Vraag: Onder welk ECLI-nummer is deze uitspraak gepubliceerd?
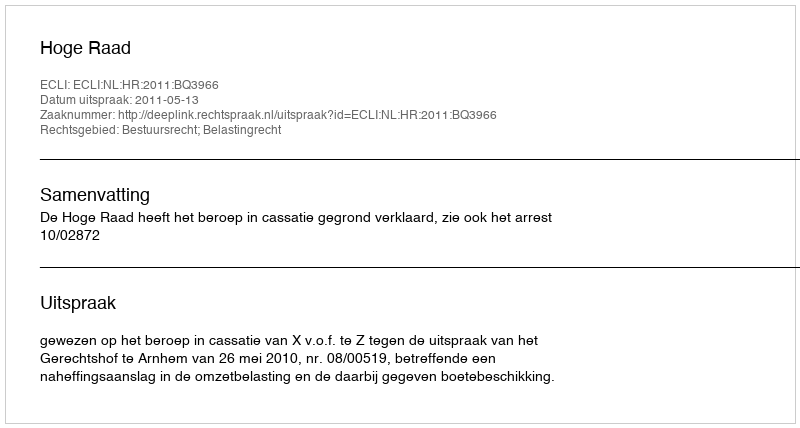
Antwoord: ECLI:NL:HR:2011:BQ3966